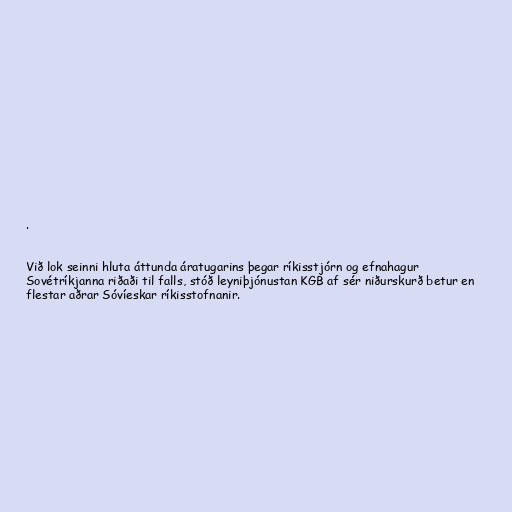
.

Við lok seinni hluta áttunda áratugarins þegar ríkisstjórn og efnahagur
Sovétríkjanna riðaði til falls, stóð leyniþjónustan KGB af sér niðurskurð betur en
flestar aðrar Sóvíeskar ríkisstofnanir.